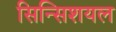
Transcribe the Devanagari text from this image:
सिन्सिशयल